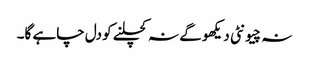
نہ چیونٹی دیکھو گے نہ کچلنے کو دل چاہے گا۔